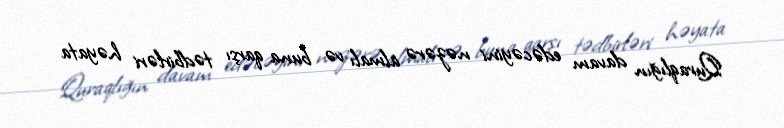
Quraqlığın davam edəcəyini nəzərə almalı və buna qarşı tədbirləri həyata